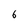
Character: 6